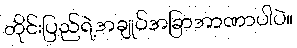
တိုင်းပြည်ရဲ့အချုပ်အခြာအာဏာပါပဲ။